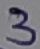
Text: 3